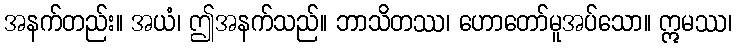
အနက်တည်း။ အယံ၊ ဤအနက်သည်။ ဘာသိတဿ၊ ဟောတော်မူအပ်သော။ ဣမဿ၊